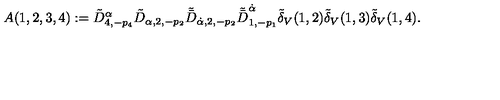
A ( 1 , 2 , 3 , 4 ) : = \tilde { D } _ { 4 , - p _ { 4 } } ^ { \alpha } \tilde { D } _ { \alpha , 2 , - p _ { 2 } } \tilde { \bar { D } } _ { \dot { \alpha } , 2 , - p _ { 2 } } \tilde { \bar { D } } _ { 1 , - p _ { 1 } } ^ { \dot { \alpha } } \tilde { \delta } _ { V } ( 1 , 2 ) \tilde { \delta } _ { V } ( 1 , 3 ) \tilde { \delta } _ { V } ( 1 , 4 ) .